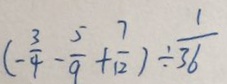
( - \frac { 3 } { 4 } - \frac { 5 } { 9 } + \frac { 7 } { 1 2 } ) \div \frac { 1 } { 3 6 }